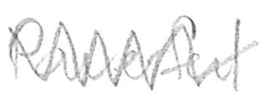
Text: powerful
Cross-out: zig-zag
Writing tool: pencil